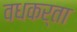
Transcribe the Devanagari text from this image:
वधकर्ता